Madras plague regulations in force outside the Presidency town - Volume 2
Disease focus: Plague
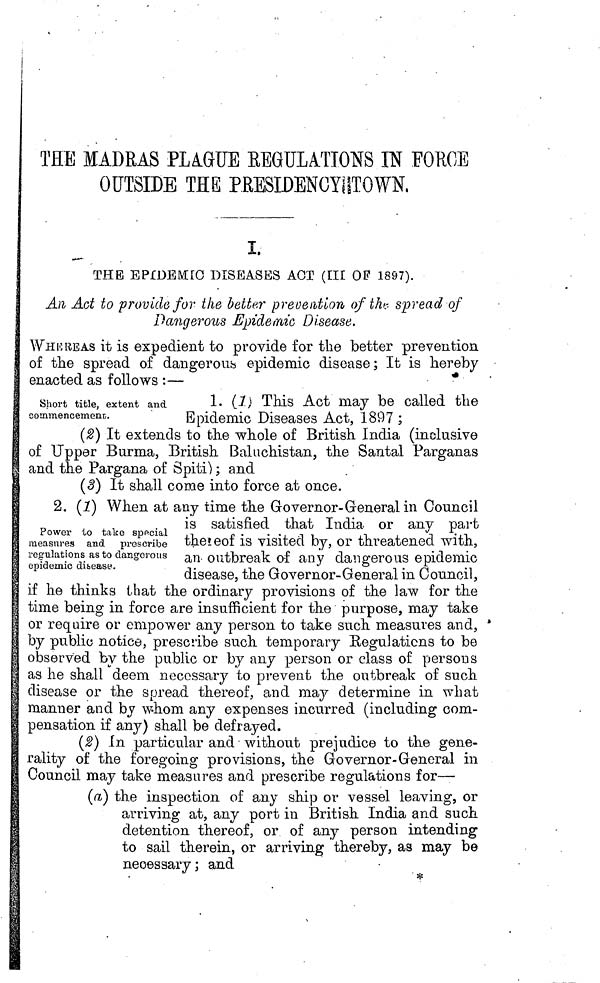
THE MADRAS PLGUE REGULATIONS IN FORGE
OUTSIDE THE PRESIDENCYHTOWN,
!
THE EPÍDEMIC DISEASES ACT (III OP 1897).
An Act to provide for the better prevention of the spread of
Dangerous Epidemic Disease.
WHKBBAS it is expedient to provide for the better prevention
of the spread of dangerous epidemic disease ; It is hereby
enacted as follows :—
Short title, extent and
eonvmencem.en.1;.
1. (7) This Act may be called the
Epidemic Diseases Act, 1897 ;
(2) It extends to the whole of British India (inclusive
of Upper Burma, British Baluchistan, the Santal Parganas
and the Pargana of Spiti) ; and
(3) It shall come into force at once.
Power to take sppcial
measures and prescribe
regulations as to dangerous
epidemic disease.
2. (1) When at any time the Governor-General in Council
is satisfied that India or any part
thereof is visited by, or threatened with,
an outbreak of any dangerous epidemic
disease, the Governor-General in Council,
if he thinks that the ordinary provisions of the law for the
time being in force are insufficient for the purpose, may take
or require or empower any person to take such measures and,
by public notice, prescribe such temporary Regulations to be
observed by the public or by any person or class of persons
as he shall deem necessary to prevent the outbreak of such
disease or the spread thereof, and may determine in what
manner and by whom any expenses incurred (including com-
pensation if any) shall be defrayed.
(2) in particular and without prejudice to the gene-
rality of the foregoing provisions, the Governor-General in
Council may take measures and prescribe regulations for—
(a) the inspection of any ship or vessel leaving, or
arriving at, any port in British India and such
detention thereof, or of any person intending
to sail therein, or arriving thereby, as may be
necessary; and